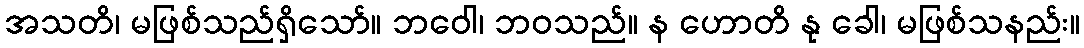
အသတိ၊ မဖြစ်သည်ရှိသော်။ ဘဝေါ၊ ဘဝသည်။ န ဟောတိ နု ခေါ၊ မဖြစ်သနည်း။